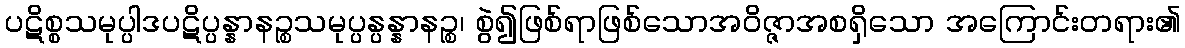
ပဋိစ္စသမုပ္ပါဒပဋိပ္ပန္နာနဉ္စသမုပ္ပန္ပန္နာနဉ္စ၊ စွဲ၍ဖြစ်ရာဖြစ်သောအဝိဇ္ဇာအစရှိသော အကြောင်းတရား၏